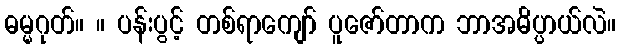
ဓမ္မဂုတ်။ ။ ပန်းပွင့် တစ်ရာကျော် ပူဇော်တာက ဘာအဓိပ္ပာယ်လဲ။